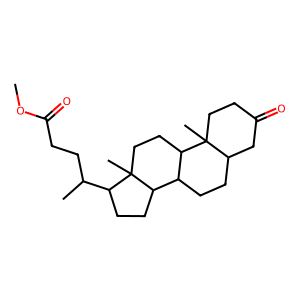
SMILES: COC(=O)CCC(C)C1CCC2C3CCC4CC(=O)CCC4(C)C3CCC12C
Inhibits HIV replication: No